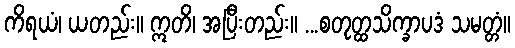
ကိရယံ၊ ယတည်း။ ဣတိ၊ အပြီးတည်း။ ...စတုတ္ထသိက္ခာပဒံ သမတ္တံ။